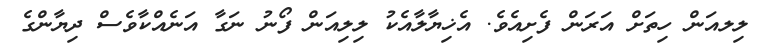
ލިލއަން ހިތަށް އަރަން ފެށިއެވެ. އެޚިޔާލާއެކު ލިލިއަން ފޯނު ނަގާ އަނެއްކާވެސް ދިޔާންގެ